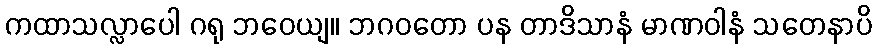
ကထာသလ္လာပေါ ဂရု ဘဝေယျ။ ဘဂဝတော ပန တာဒိသာနံ မာဏဝါနံ သတေနာပိ